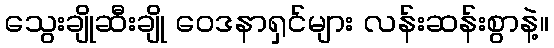
သွေးချိုဆီးချို ဝေဒနာရှင်များ လန်းဆန်းစွာနဲ့။